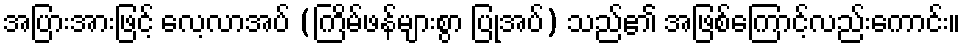
အပြားအားဖြင့် လေ့လာအပ် (ကြိမ်ဖန်များစွာ ပြုအပ်) သည်၏ အဖြစ်ကြောင့်လည်းကောင်း။